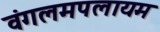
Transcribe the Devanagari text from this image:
वंगलमपलायम